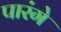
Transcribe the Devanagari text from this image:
पारंगे